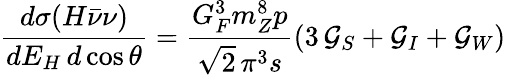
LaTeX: \frac{d\sigma(H\bar{\nu}\nu)}{dE_{H}\, d\cos\theta}=\frac{G_{F}^{3}m_{Z}^{8}p}{\sqrt 2\, \pi^{3}s}\left(3\, {\cal G}_{S}+{\cal G}_{I}+{\cal G}_{W}\right)